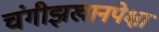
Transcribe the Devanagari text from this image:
चंगीझखानपेक्षा